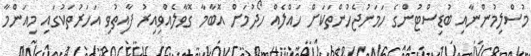
މުސްލިމުންނާއި ބުޑިސްޓުންގެ ހަމަނުޖެހުންތަކަށް ހައްލެއް ހޯދުމަށް އޮބާމާ ގޮވާލެއްވިއިރު ފާއިތުވި އަހަރުތަކުގައި މިއަންމާ